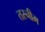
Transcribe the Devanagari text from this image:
तस्नीम